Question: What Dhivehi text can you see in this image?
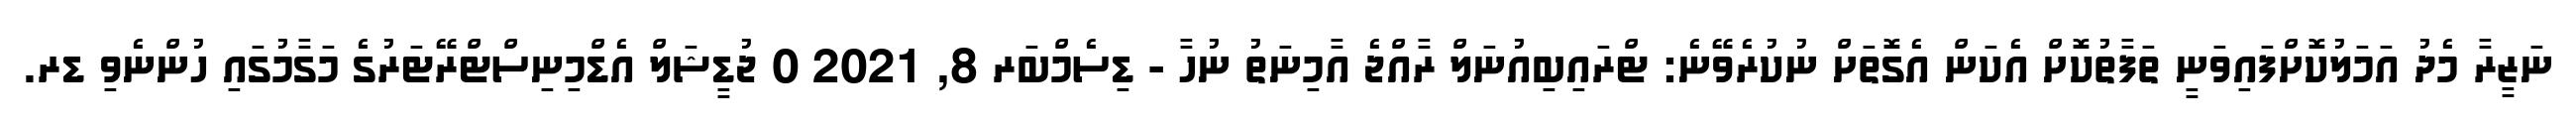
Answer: ނަޒީރާ މެދު އަމަލުކޮށްފައިވަނީ ތަފާތުކޮށް އެކަން އެގޮތަށް ނުކުރެވޭނެ: ޓްރައިބިއުނަލް ރާއްޖެ އާމިނަތު ނުހާ - ޑިސެމްބަރ 8, 2021 0 ޖުޑީޝަލް އެޑްމިނިސްޓްރޭޓަރުގެ މަގާމުގައި ހުންނެވި ޑރ.